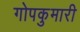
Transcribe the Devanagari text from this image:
गोपकुमारी